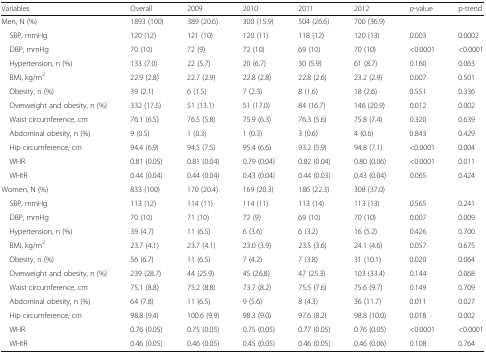
<table><thead><tr><td><b>Variables</b></td><td><b>Overall</b></td><td><b>2009</b></td><td><b>2010</b></td><td><b>2011</b></td><td><b>2012</b></td><td><b><i>p</i>-value</b></td><td><b>p-trend</b></td></tr></thead><tbody><tr><td>Men, N (%)</td><td>1893 (100)</td><td>389 (20.6)</td><td>300 (15.9)</td><td>504 (26.6)</td><td>700 (36.9)</td><td></td><td></td></tr><tr><td> SBP, mmHg</td><td>120 (12)</td><td>121 (10)</td><td>120 (11)</td><td>118 (12)</td><td>120 (13)</td><td>0.003</td><td>0.0002</td></tr><tr><td> DBP, mmHg</td><td>70 (10)</td><td>72 (9)</td><td>72 (10)</td><td>69 (10)</td><td>70 (10)</td><td>&lt;0.0001</td><td>&lt;0.0001</td></tr><tr><td> Hypertension, n (%)</td><td>133 (7.0)</td><td>22 (5.7)</td><td>20 (6.7)</td><td>30 (5.9)</td><td>61 (8.7)</td><td>0.160</td><td>0.063</td></tr><tr><td> BMI, kg/m<sup>2</sup></td><td>22.9 (2.8)</td><td>22.7 (2.9)</td><td>22.8 (2.8)</td><td>22.8 (2.6)</td><td>23.2 (2.9)</td><td>0.007</td><td>0.501</td></tr><tr><td> Obesity, n (%)</td><td>39 (2.1)</td><td>6 (1.5)</td><td>7 (2.3)</td><td>8 (1.6)</td><td>18 (2.6)</td><td>0.551</td><td>0.336</td></tr><tr><td> Overweight and obesity, n (%)</td><td>332 (17.5)</td><td>51 (13.1)</td><td>51 (17.0)</td><td>84 (16.7)</td><td>146 (20.9)</td><td>0.012</td><td>0.002</td></tr><tr><td> Waist circumference, cm</td><td>76.1 (6.5)</td><td>76.5 (5.8)</td><td>75.9 (6.3)</td><td>76.3 (5.6)</td><td>75.8 (7.4)</td><td>0.320</td><td>0.639</td></tr><tr><td> Abdominal obesity, n (%)</td><td>9 (0.5)</td><td>1 (0.3)</td><td>1 (0.3)</td><td>3 (0.6)</td><td>4 (0.6)</td><td>0.843</td><td>0.429</td></tr><tr><td> Hip circumference, cm</td><td>94.4 (6.9)</td><td>94.5 (7.5)</td><td>95.4 (6.6)</td><td>93.2 (5.9)</td><td>94.8 (7.1)</td><td>&lt;0.0001</td><td>0.004</td></tr><tr><td> WHR</td><td>0.81 (0.05)</td><td>0.81 (0.04)</td><td>0.79 (0.04)</td><td>0.82 (0.04)</td><td>0.80 (0.06)</td><td>&lt;0.0001</td><td>0.011</td></tr><tr><td> WHtR</td><td>0.44 (0.04)</td><td>0.44 (0.04)</td><td>0.43 (0.04)</td><td>0.44 (0.03)</td><td>0.43 (0.04)</td><td>0.065</td><td>0.424</td></tr><tr><td>Women, N (%)</td><td>833 (100)</td><td>170 (20.4)</td><td>169 (20.3)</td><td>186 (22.3)</td><td>308 (37.0)</td><td></td><td></td></tr><tr><td> SBP, mmHg</td><td>113 (12)</td><td>114 (11)</td><td>114 (11)</td><td>113 (14)</td><td>113 (13)</td><td>0.565</td><td>0.241</td></tr><tr><td> DBP, mmHg</td><td>70 (10)</td><td>71 (10)</td><td>72 (9)</td><td>69 (10)</td><td>70 (10)</td><td>0.007</td><td>0.009</td></tr><tr><td> Hypertension, n (%)</td><td>39 (4.7)</td><td>11 (6.5)</td><td>6 (3.6)</td><td>6 (3.2)</td><td>16 (5.2)</td><td>0.426</td><td>0.700</td></tr><tr><td> BMI, kg/m<sup>2</sup></td><td>23.7 (4.1)</td><td>23.7 (4.1)</td><td>23.0 (3.9)</td><td>23.5 (3.6)</td><td>24.1 (4.6)</td><td>0.057</td><td>0.675</td></tr><tr><td> Obesity, n (%)</td><td>56 (6.7)</td><td>11 (6.5)</td><td>7 (4.2)</td><td>7 (3.8)</td><td>31 (10.1)</td><td>0.020</td><td>0.064</td></tr><tr><td> Overweight and obesity, n (%)</td><td>239 (28.7)</td><td>44 (25.9)</td><td>45 (26.8)</td><td>47 (25.3)</td><td>103 (33.4)</td><td>0.144</td><td>0.068</td></tr><tr><td> Waist circumference, cm</td><td>75.1 (8.8)</td><td>75.2 (8.8)</td><td>73.7 (8.2)</td><td>75.5 (7.6)</td><td>75.6 (9.7)</td><td>0.149</td><td>0.709</td></tr><tr><td> Abdominal obesity, n (%)</td><td>64 (7.8)</td><td>11 (6.5)</td><td>9 (5.6)</td><td>8 (4.3)</td><td>36 (11.7)</td><td>0.011</td><td>0.027</td></tr><tr><td> Hip circumference, cm</td><td>98.8 (9.4)</td><td>100.6 (9.9)</td><td>98.3 (9.0)</td><td>97.6 (8.2)</td><td>98.8 (10.0)</td><td>0.018</td><td>0.002</td></tr><tr><td> WHR</td><td>0.76 (0.05)</td><td>0.75 (0.05)</td><td>0.75 (0.05)</td><td>0.77 (0.05)</td><td>0.76 (0.05)</td><td>&lt;0.0001</td><td>&lt;0.0001</td></tr><tr><td> WHtR</td><td>0.46 (0.05)</td><td>0.46 (0.05)</td><td>0.45 (0.05)</td><td>0.46 (0.05)</td><td>0.46 (0.06)</td><td>0.108</td><td>0.764</td></tr></tbody></table>